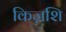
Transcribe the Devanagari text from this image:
किज़शि